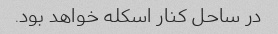
در ساحل کنار اسکله خواهد بود.